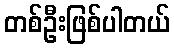
တစ်ဦးဖြစ်ပါတယ်